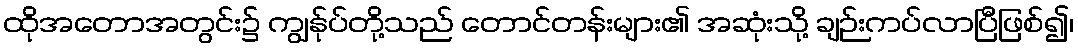
ထိုအတောအတွင်း၌ ကျွန်ုပ်တို့သည် တောင်တန်းများ၏ အဆုံးသို့ ချဉ်းကပ်လာပြီဖြစ်၍၊